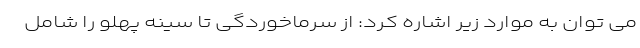
می توان به موارد زیر اشاره کرد: از سرماخوردگی تا سینه پهلو را شامل